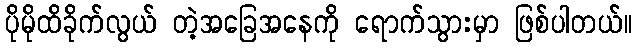
ပိုမိုထိခိုက်လွယ် တဲ့အခြေအနေကို ရောက်သွားမှာ ဖြစ်ပါတယ်။